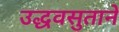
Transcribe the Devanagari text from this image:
उद्धवसुताने